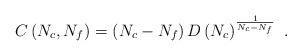
LaTeX: \begin{align*}C\left(N_c,N_f\right)=\left(N_c - N_f\right) D\left(N_c\right)^{\frac{1}{N_c-N_f}} \ .\end{align*}